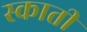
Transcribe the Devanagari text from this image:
स्काती